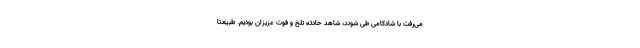
می‌رفت با شادکامی طی شوند، شاهد حادثه تلخ و فوت عزیزان بودیم. طبیعتا